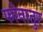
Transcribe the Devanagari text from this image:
फोनातुर